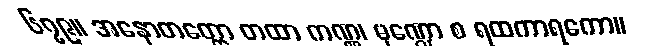
၆၇၉။ အနောတတ္တော တထာ ကဏ္ဏ၊ မုဏ္ဍော စ ရထကာရကော။